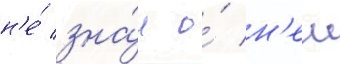
н'е́ зна́л о́ н'еи